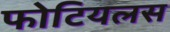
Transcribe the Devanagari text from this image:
फोटियलस